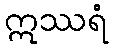
ဣဿရံ